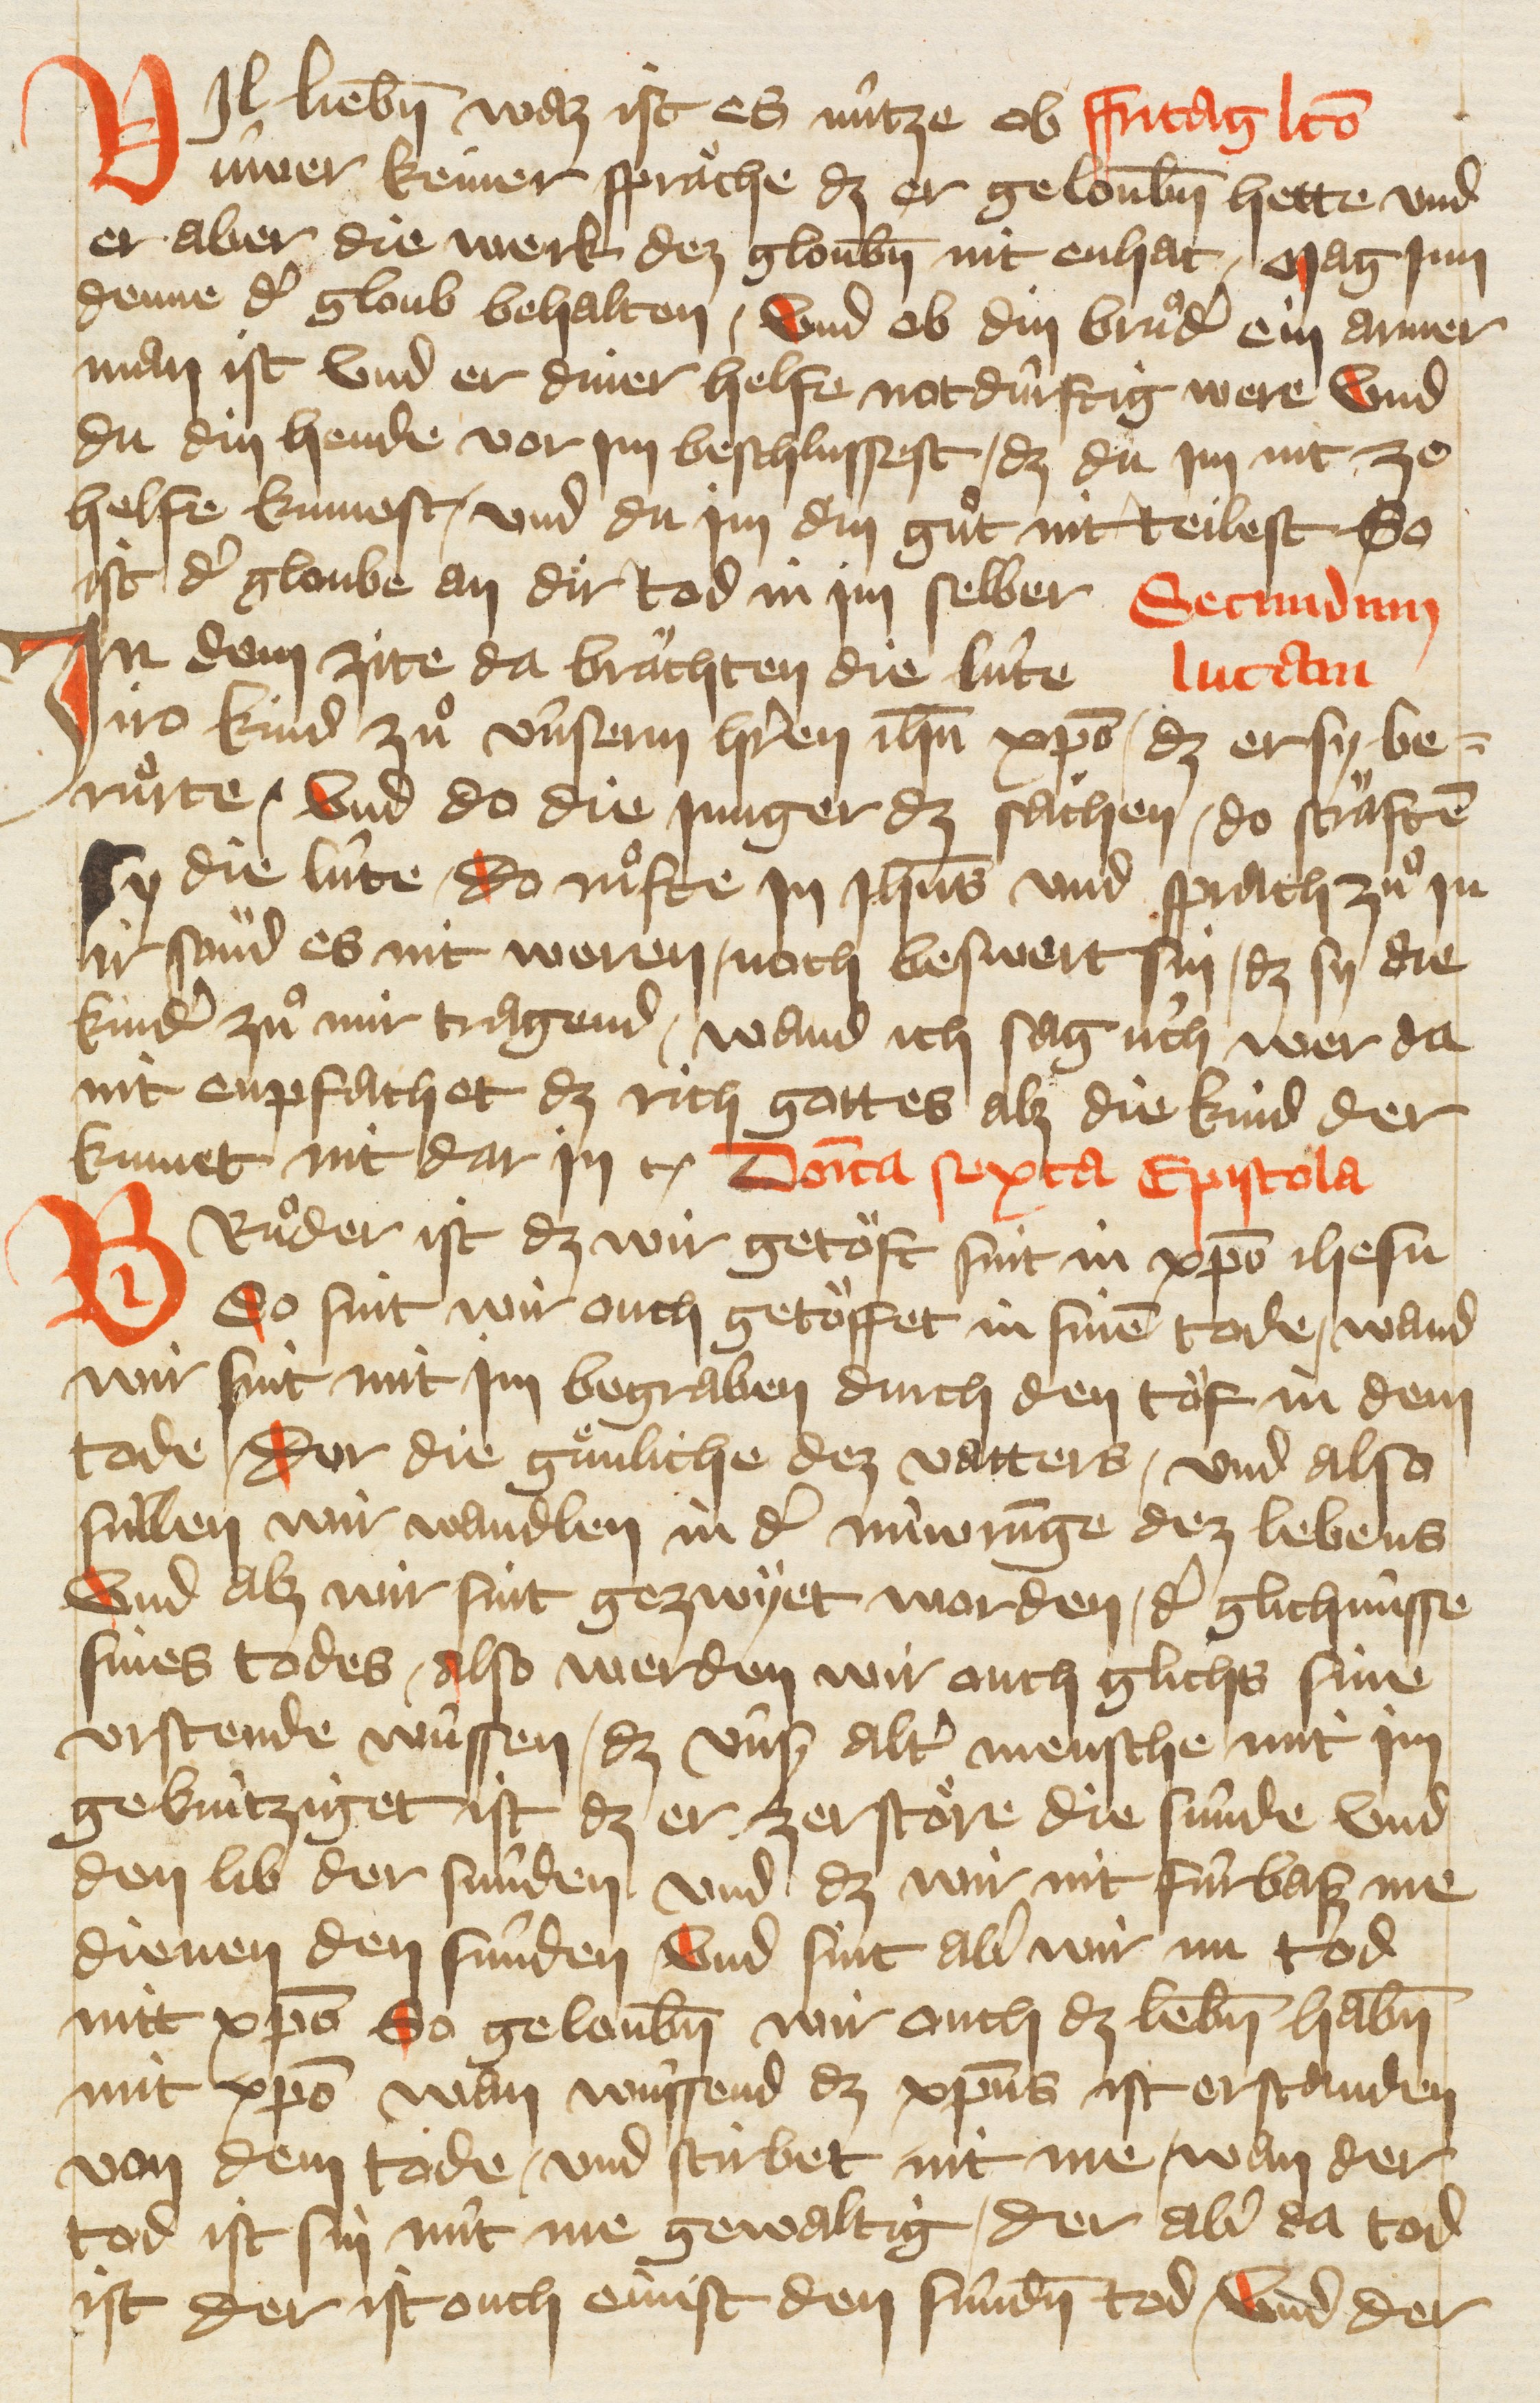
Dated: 1405–1435